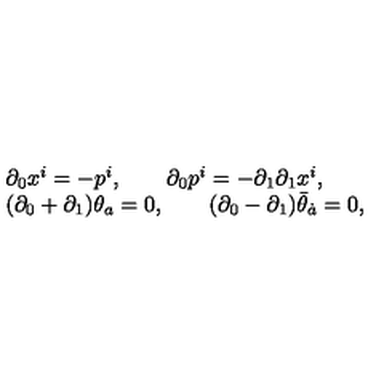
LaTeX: \begin{array} { l } { \partial _ { 0 } x ^ { i } = - p ^ { i } , \qquad \partial _ { 0 } p ^ { i } = - \partial _ { 1 } \partial _ { 1 } x ^ { i } , } \\ { ( \partial _ { 0 } + \partial _ { 1 } ) \theta _ { a } = 0 , \qquad ( \partial _ { 0 } - \partial _ { 1 } ) \bar { \theta } _ { \dot { a } } = 0 , } \\ \end{array}